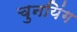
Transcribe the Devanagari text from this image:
चुनयिंग